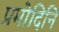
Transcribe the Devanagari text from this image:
प्रमोदिनि